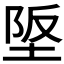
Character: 𡋴